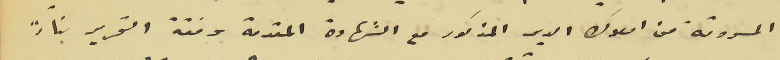
المسروقة من املاك الدير المذكور مع الشهادة المقدمة وفقاً التحرير بناءً